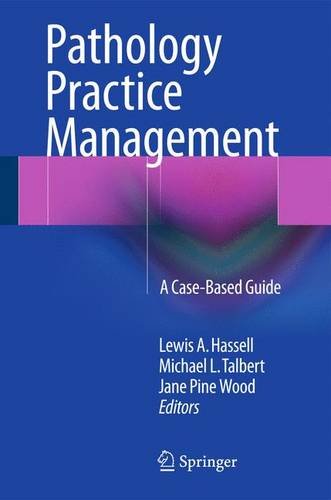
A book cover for Pathology Practice Management: A Case-Based Guide; Medical Books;